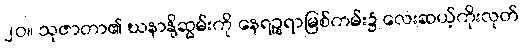
၂၀။ သုဇာတာ၏ ဃနာနို့ဆွမ်းကို နေရဉ္စရာမြစ်ကမ်း၌ လေးဆယ့်ကိုးလုတ်